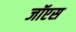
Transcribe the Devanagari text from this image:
जॉएस